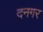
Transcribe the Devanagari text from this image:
दनगर